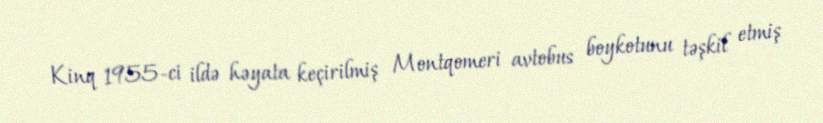
Kinq 1955-ci ildə həyata keçirilmiş Montqomeri avtobus boykotunu təşkil etmiş